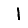
Digit: 1